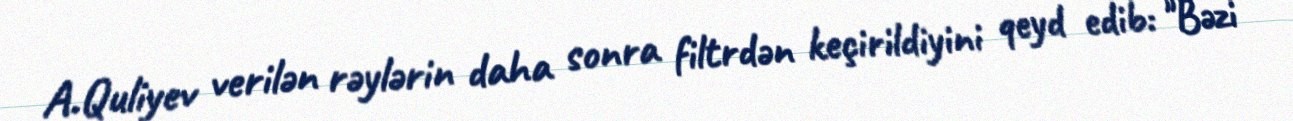
A.Quliyev verilən rəylərin daha sonra filtrdən keçirildiyini qeyd edib: "Bəzi